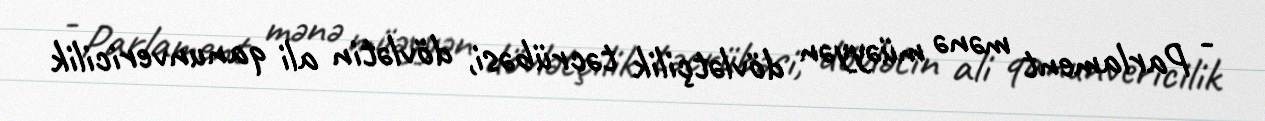
- Parlament mənə müəyyən dövlətçilik təcrübəsi, dövlətin ali qanunvericilik